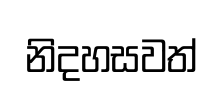
නිදහසවත්